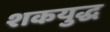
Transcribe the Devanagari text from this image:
शकयुद्ध